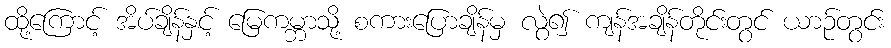
ထို့ကြောင့် အိပ်ချိန်နှင့် မြေကမ္ဘာသို့ စကားပြောချိန်မှ လွဲ၍ ကျန်အချိန်တိုင်းတွင် ယာဉ်တွင်း